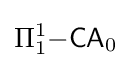
\Pi _{1}^{1}{\mathsf {-CA}}_{0}